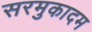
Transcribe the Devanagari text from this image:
सरमुकादम